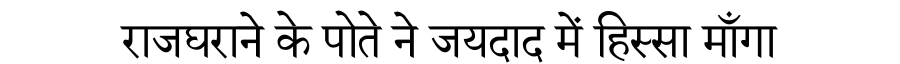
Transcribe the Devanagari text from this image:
राजघराने के पोते ने जयदाद में हिस्सा माँगा